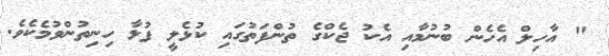
" އާހިލް އެހެން ބުނުމާއި އެކު ޖެކްގެ ތުންފަތުގައި ކުޅެލީ ފުޅާ ހިނިތުންވުމެކެވެ.